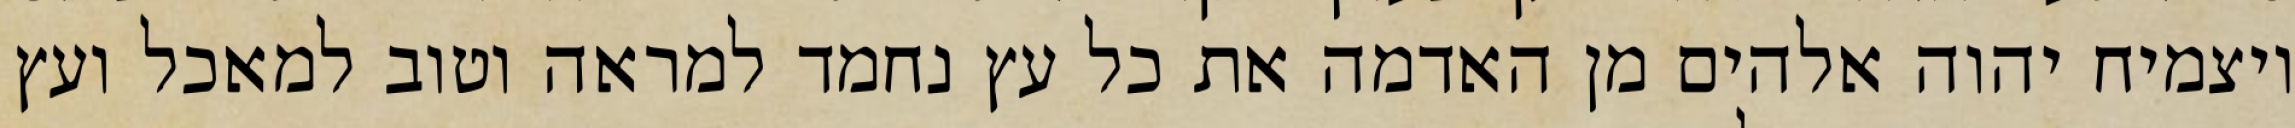
ויצמיח יהוה אלהים מן האדמה את כל עץ נחמד למראה וטוב למאכל ועץ